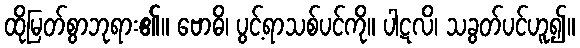
ထိုမြတ်စွာဘုရား၏။ ဗောဓိ၊ ပွင့်ရာသစ်ပင်ကို။ ပါဋလိ၊ သခွတ်ပင်ဟူ၍။